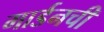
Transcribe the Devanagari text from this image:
गार्डनची